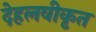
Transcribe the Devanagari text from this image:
देहलवीकृत